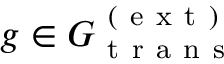
g \in G _ { \mathrm { ~ t ~ r ~ a ~ n ~ s ~ } } ^ { \mathrm { ~ ( ~ e ~ x ~ t ~ ) ~ } }